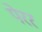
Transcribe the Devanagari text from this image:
पेरर